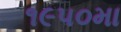
૧૯૫૦મા